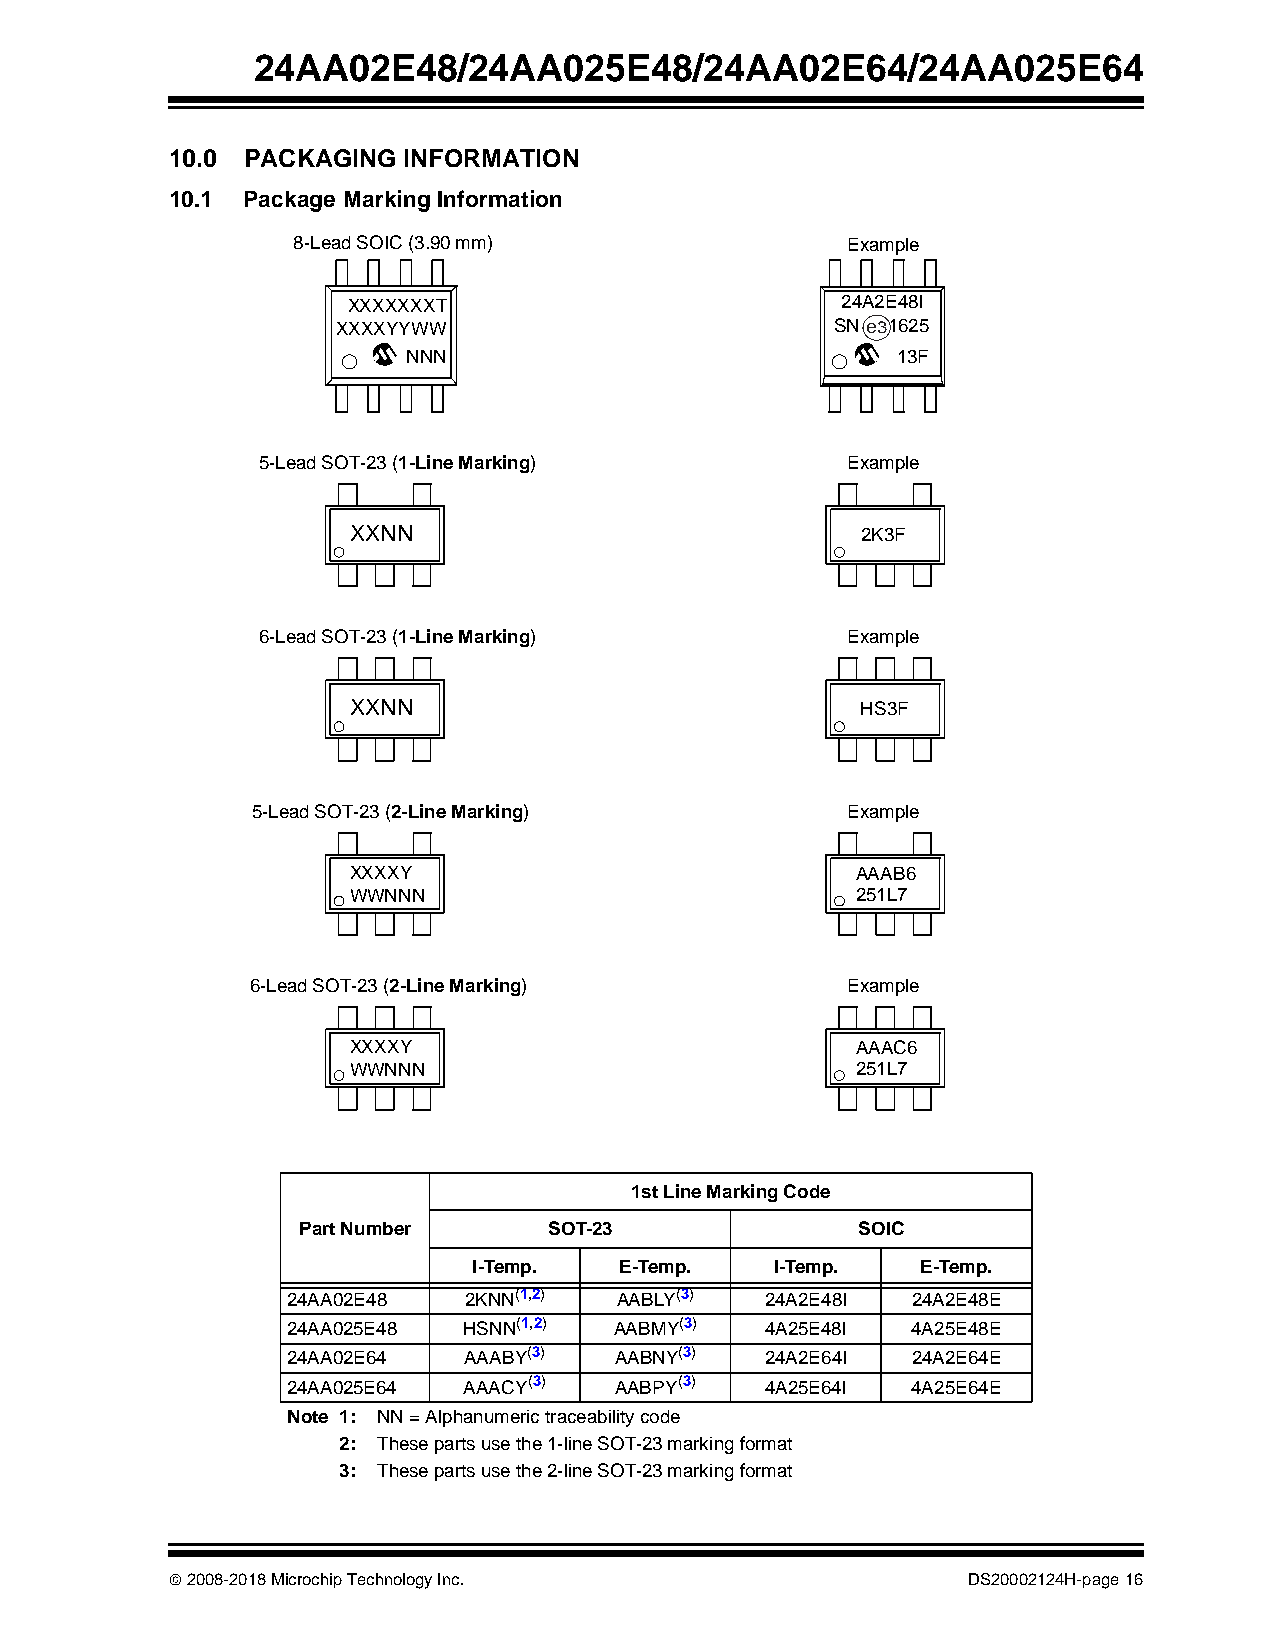
24AA02E48/24AA025E48/24AA02E64/24AA025E64
 10.0 PACKAGING  INFORMATION
 10.1 Package Marking Information
 8-Lead SOIC (3.90 mm)                Example
 XXXXXXXT                         24A2E48I
 XXXXYYWW                         SN e 3 1 6 2 5
 NNN                             13F
 5-Lead SOT-23 (1-Line Marking)         Example
 XXNN                              2K3F
 6-Lead SOT-23 (1-Line Marking)         Example
 XXNN                              HS3F
 5-Lead SOT-23 (2-Line Marking)         Example
 XXXXY                             AAAB6
 WWNNN                             251L7
 6-Lead SOT-23 (2-Line Marking)         Example
 XXXXY                             AAAC6
 WWNNN                             251L7
 1st Line Marking Code
 Part Number     SOT-23               SOIC
 I-Temp.   E-Temp.   I-Temp.   E-Temp.
 24AA02E48   2KNN(1,2) AABLY(3)  24A2E48I 24A2E48E
 24AA025E48  HSNN(1,2) AABMY(3)  4A25E48I 4A25E48E
 24AA02E64   AAABY(3)  AABNY(3)  24A2E64I 24A2E64E
 24AA025E64  AAACY(3)  AABPY(3)  4A25E64I 4A25E64E
 Note 1: NN = Alphanumeric traceability code
 2: These parts use the 1-line SOT-23 marking format
 3: These parts use the 2-line SOT-23 marking format
  2008-2018 Microchip Technology Inc.                DS20002124H-page 16